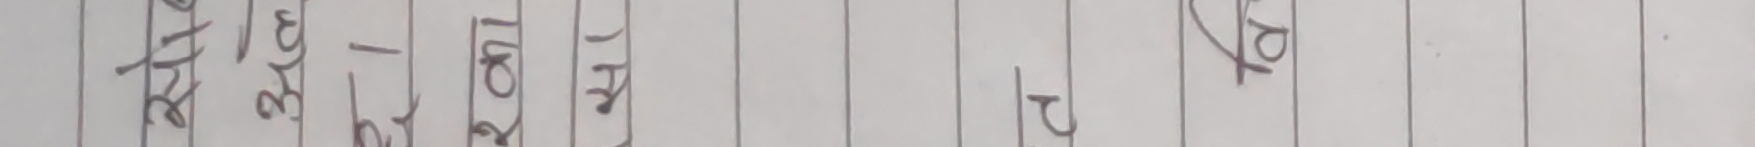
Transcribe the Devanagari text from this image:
अति ४ ठ ३ ३ - छ १पो१४ १य१५ २ तोका